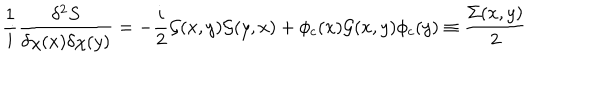
LaTeX: \frac { 1 } { i } \frac { \delta ^ { 2 } S } { \delta \chi ( x ) \delta \chi ( y ) } = - \frac { i } { 2 } { \cal G } ( x , y ) { \cal G } ( y , x ) + \phi _ { c } ( x ) { \cal G } ( x , y ) \phi _ { c } ( y ) \equiv \frac { \Sigma ( x , y ) } { 2 }